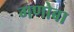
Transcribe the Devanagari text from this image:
गणोबा